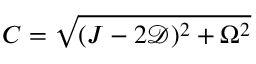
C = \sqrt { ( J - 2 \mathcal { D } ) ^ { 2 } + \Omega ^ { 2 } }